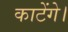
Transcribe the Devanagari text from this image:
काटेंगे।